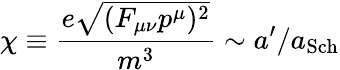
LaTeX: \chi\equiv\frac{e\sqrt{(F_{\mu\nu}p^{\mu})^{2}}}{m^{3}}\sim a^{\prime}/a_{\mathrm{Sch}}